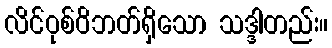
လိင်ဝုစ်ဝိဘတ်ရှိသော သဒ္ဒါတည်း။